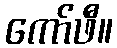
ကော်ဖီ။